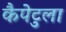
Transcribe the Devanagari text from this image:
कैपेटुला